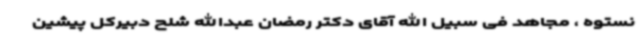
نستوه ، مجاهد فی سبیل الله آقای دکتر رمضان عبدالله شلح دبیرکل پیشین